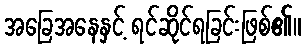
အခြေအနေနှင့် ရင်ဆိုင်ရခြင်းဖြစ်၏။